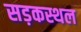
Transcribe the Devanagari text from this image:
सड़कस्थल